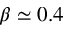
\beta \simeq 0 . 4